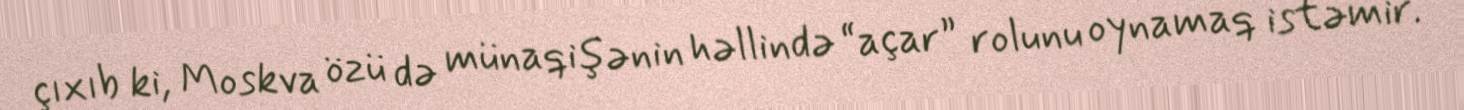
çıxıb ki, Moskva özü də münaqişənin həllində “açar” rolunu oynamaq istəmir.